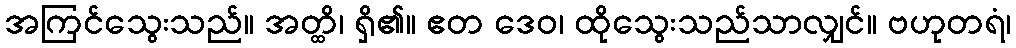
အကြင်သွေးသည်။ အတ္ထိ၊ ရှိ၏။ ဧတ ဒေဝ၊ ထိုသွေးသည်သာလျှင်။ ဗဟုတရံ၊